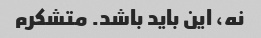
نه، این باید باشد. متشکرم